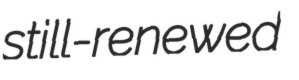
still-renewed